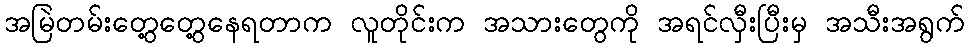
အမြဲတမ်းတွေ့တွေ့နေရတာက လူတိုင်းက အသားတွေကို အရင်လှီးပြီးမှ အသီးအရွက်